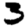
Digit: 3